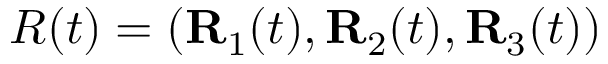
R ( t ) = ( { \bf R } _ { 1 } ( t ) , { \bf R } _ { 2 } ( t ) , { \bf R } _ { 3 } ( t ) )